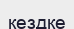
кездке